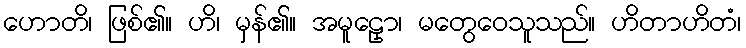
ဟောတိ၊ ဖြစ်၏။ ဟိ၊ မှန်၏။ အမူဠှော၊ မတွေဝေသူသည်။ ဟိတာဟိတံ၊